Janeda_(Ambla)_vallavalitsus, lk 38
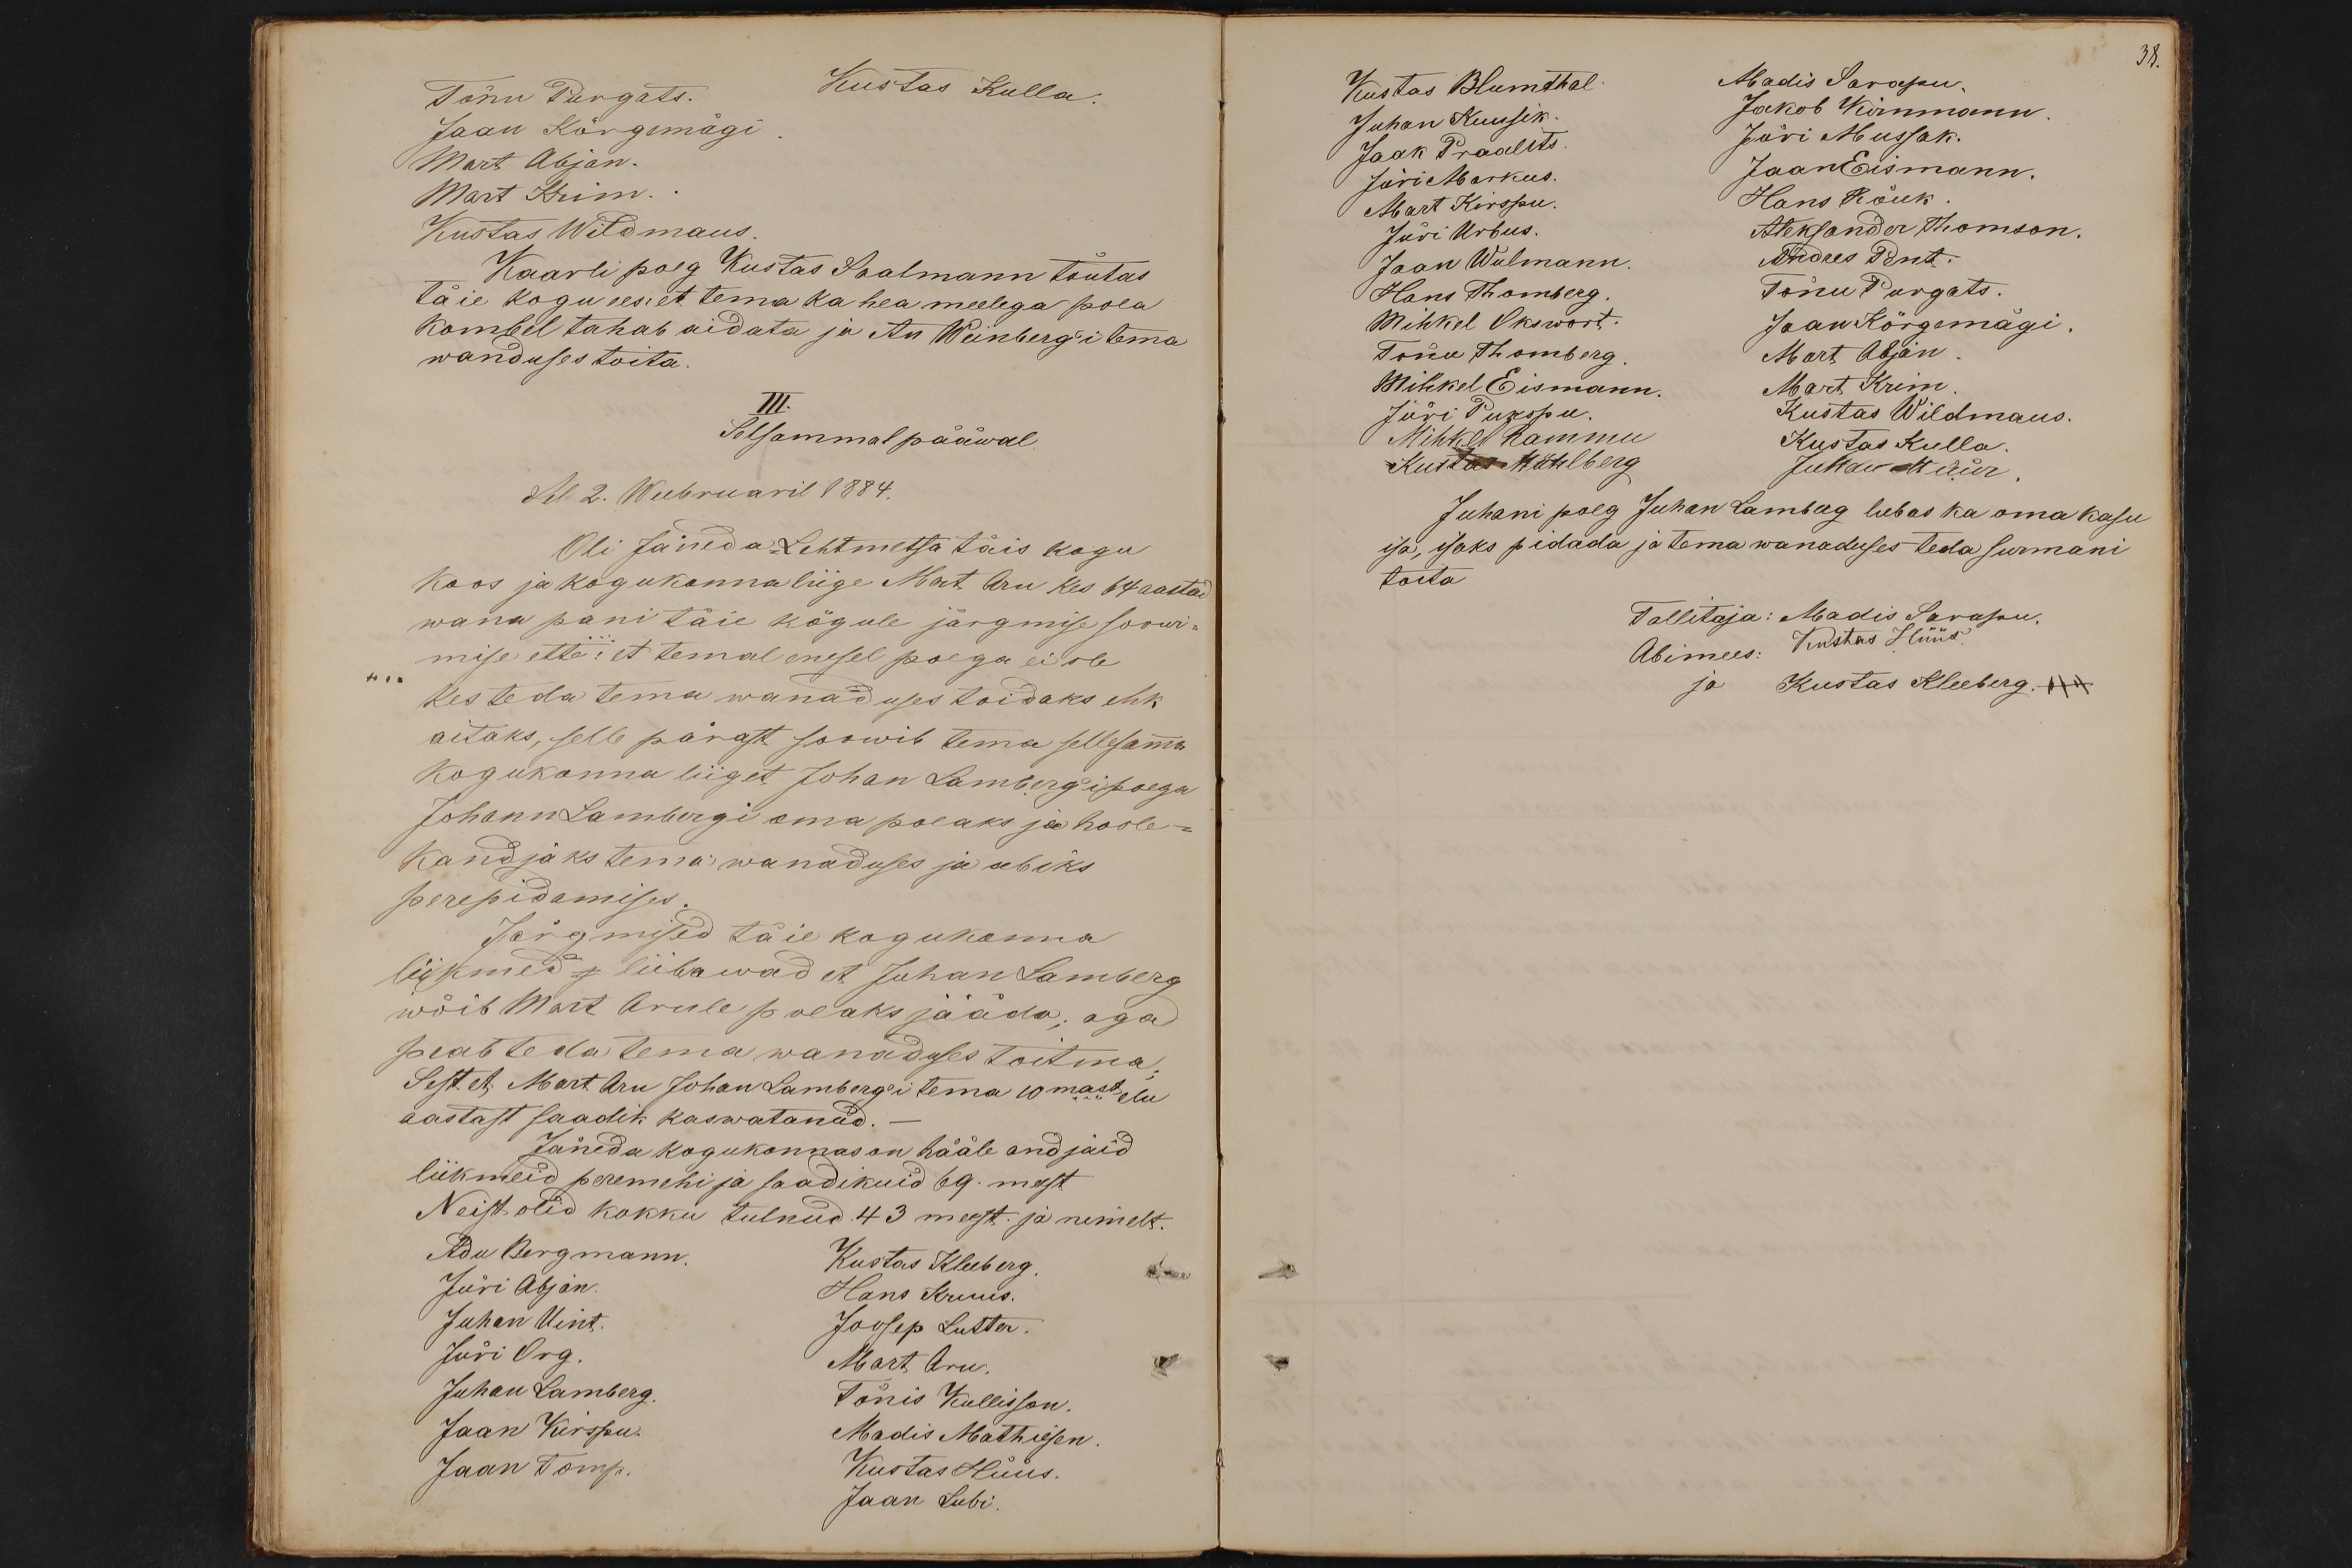
Tõnu Purgats.
Kustas Kulla
Jaan Kõrgemägi
Mart Abjan.
Mart Krim.
Kustas Wildmaus
Kaarli poeg Kustas Saalmann tõutas
täie kogu ees, et tema ka hea meelega poea
kombel tahab aidata ja An Weinberg'i tema
wanduses toita
III.
Selsammal pääwal
Sel 2. Weebruaril 1884.
Oli Jäneda-Lehtmetsa täis kogu
koos ja kogukonna liige Mart Aru kes 64 aastad
wana pani täie kõgule järgmise soowi-
mise ette: et temal enesel poega ei ole
kes teda tema wanaduses toidaks ehk
aitaks, selle pärast soowib tema sellesamma
kogukonna liiget Johan Lamberg'i poega
Johann Lambergi oma poeaks ja hoole-
kandjaks tema wanaduses ja abiks
perepidamises.
Järgmised täie kogukonna
liikmed j liibawad et Juhan Lamberg
wõib Mart Arule poeaks jääda; aga
peab teada tema wanaduses toitma
Sest et Mart Aru Johan Lamberg'i tema 10mast elu
aastast saadik kaswatanud.
Jäneda kogukonnas on hääle andjaid
liikmeid peremehi ja saadikuid 69. meest
Neist olid kokku tulnud 43 meest ja nimelt.
Adu Bergmann.
Kustas Kleeberg
Jüri Abjan
Hans Kruus.
Juhan Uint.
Joosep Lutter
Jüri Org.
Mart Aru
Juhan Lamberg
Tõnis Kullisson
Jaan Kirspu.
Madis Mathiesen
Jaan Tomp.
Kustas Hüüs
Jaan Lubi

38.
Kustas Blumthal
Madis Sarapu.
Juhan Kuusik.
Jakob Kirnmann
Jaak Praalits
Jüri Mussak.
Jüri Markus.
JaanEismann.
Mart Kirspu.
Hans Rõuk
Jüri Urbus.
Aleksander Thomson.
Jaan Wolmann
Andres Pent.
Hans Thomberg.
Tõnu Purgats.
Mihkel Okswort.
Jaan Kõrgemägi
Tõnu Thomberg
Mart Abjan
Mihkel Eismann.
Mart Krim
Jüri Pukspu
Kustas Wildmaus.
Mihkel Rammu
Kustas Kulla
Kustas Mühlberg
Juhan Müür
Juhani poeg Juhan Lamberg lubas ka oma kasu
isa, isaks pidada ja tema wanaduses teda surmani
toita
Tallitaja: Madis Sarapu.
Abimees: Kustas Hüüs.
ja Kustas Kleeberg. +++